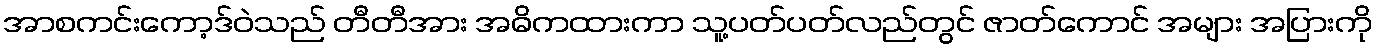
အာစကင်းကော့ဒ်ဝဲသည် တီတီအား အဓိကထားကာ သူ့ပတ်ပတ်လည်တွင် ဇာတ်ကောင် အများ အပြားကို